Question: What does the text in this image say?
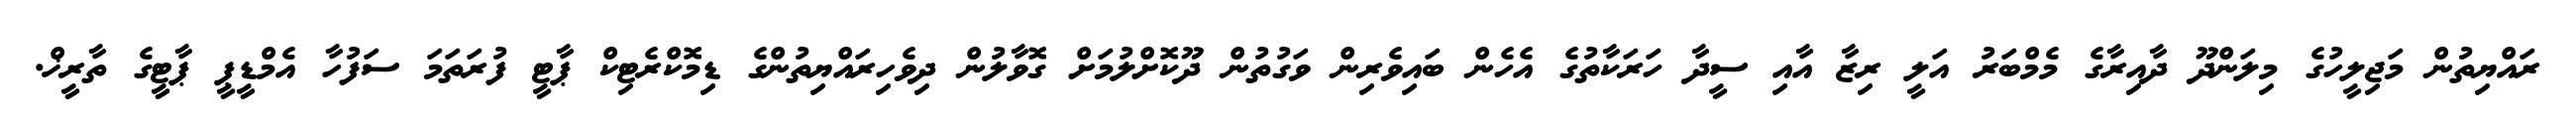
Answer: ރައްޔިތުން މަޖިލީހުގެ މިލަންދޫ ދާއިރާގެ މެމްބަރު އަލީ ރިޒާ އާއި ސީދާ ހަރަކާތުގެ އެހެން ބައިވެރިން ވަގުތުން ދޫކޮށްލުމަށް ގޮވާލުން ދިވެހިރައްޔިތުންގެ ޑިމޮކްރެޓިކް ޕާޓީ ފުރަތަމަ ސަފުހާ އެމްޑީޕީ ޕާޓީގެ ތާރީޚް.